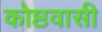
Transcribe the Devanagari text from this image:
कोष्ठवासी